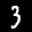
Label: 3